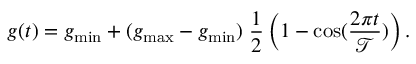
g ( t ) = g _ { \operatorname* { m i n } } + ( g _ { \operatorname* { m a x } } - g _ { \operatorname* { m i n } } ) \; \frac { 1 } { 2 } \left( 1 - \cos ( \frac { 2 \pi t } { \mathcal T } ) \right) .